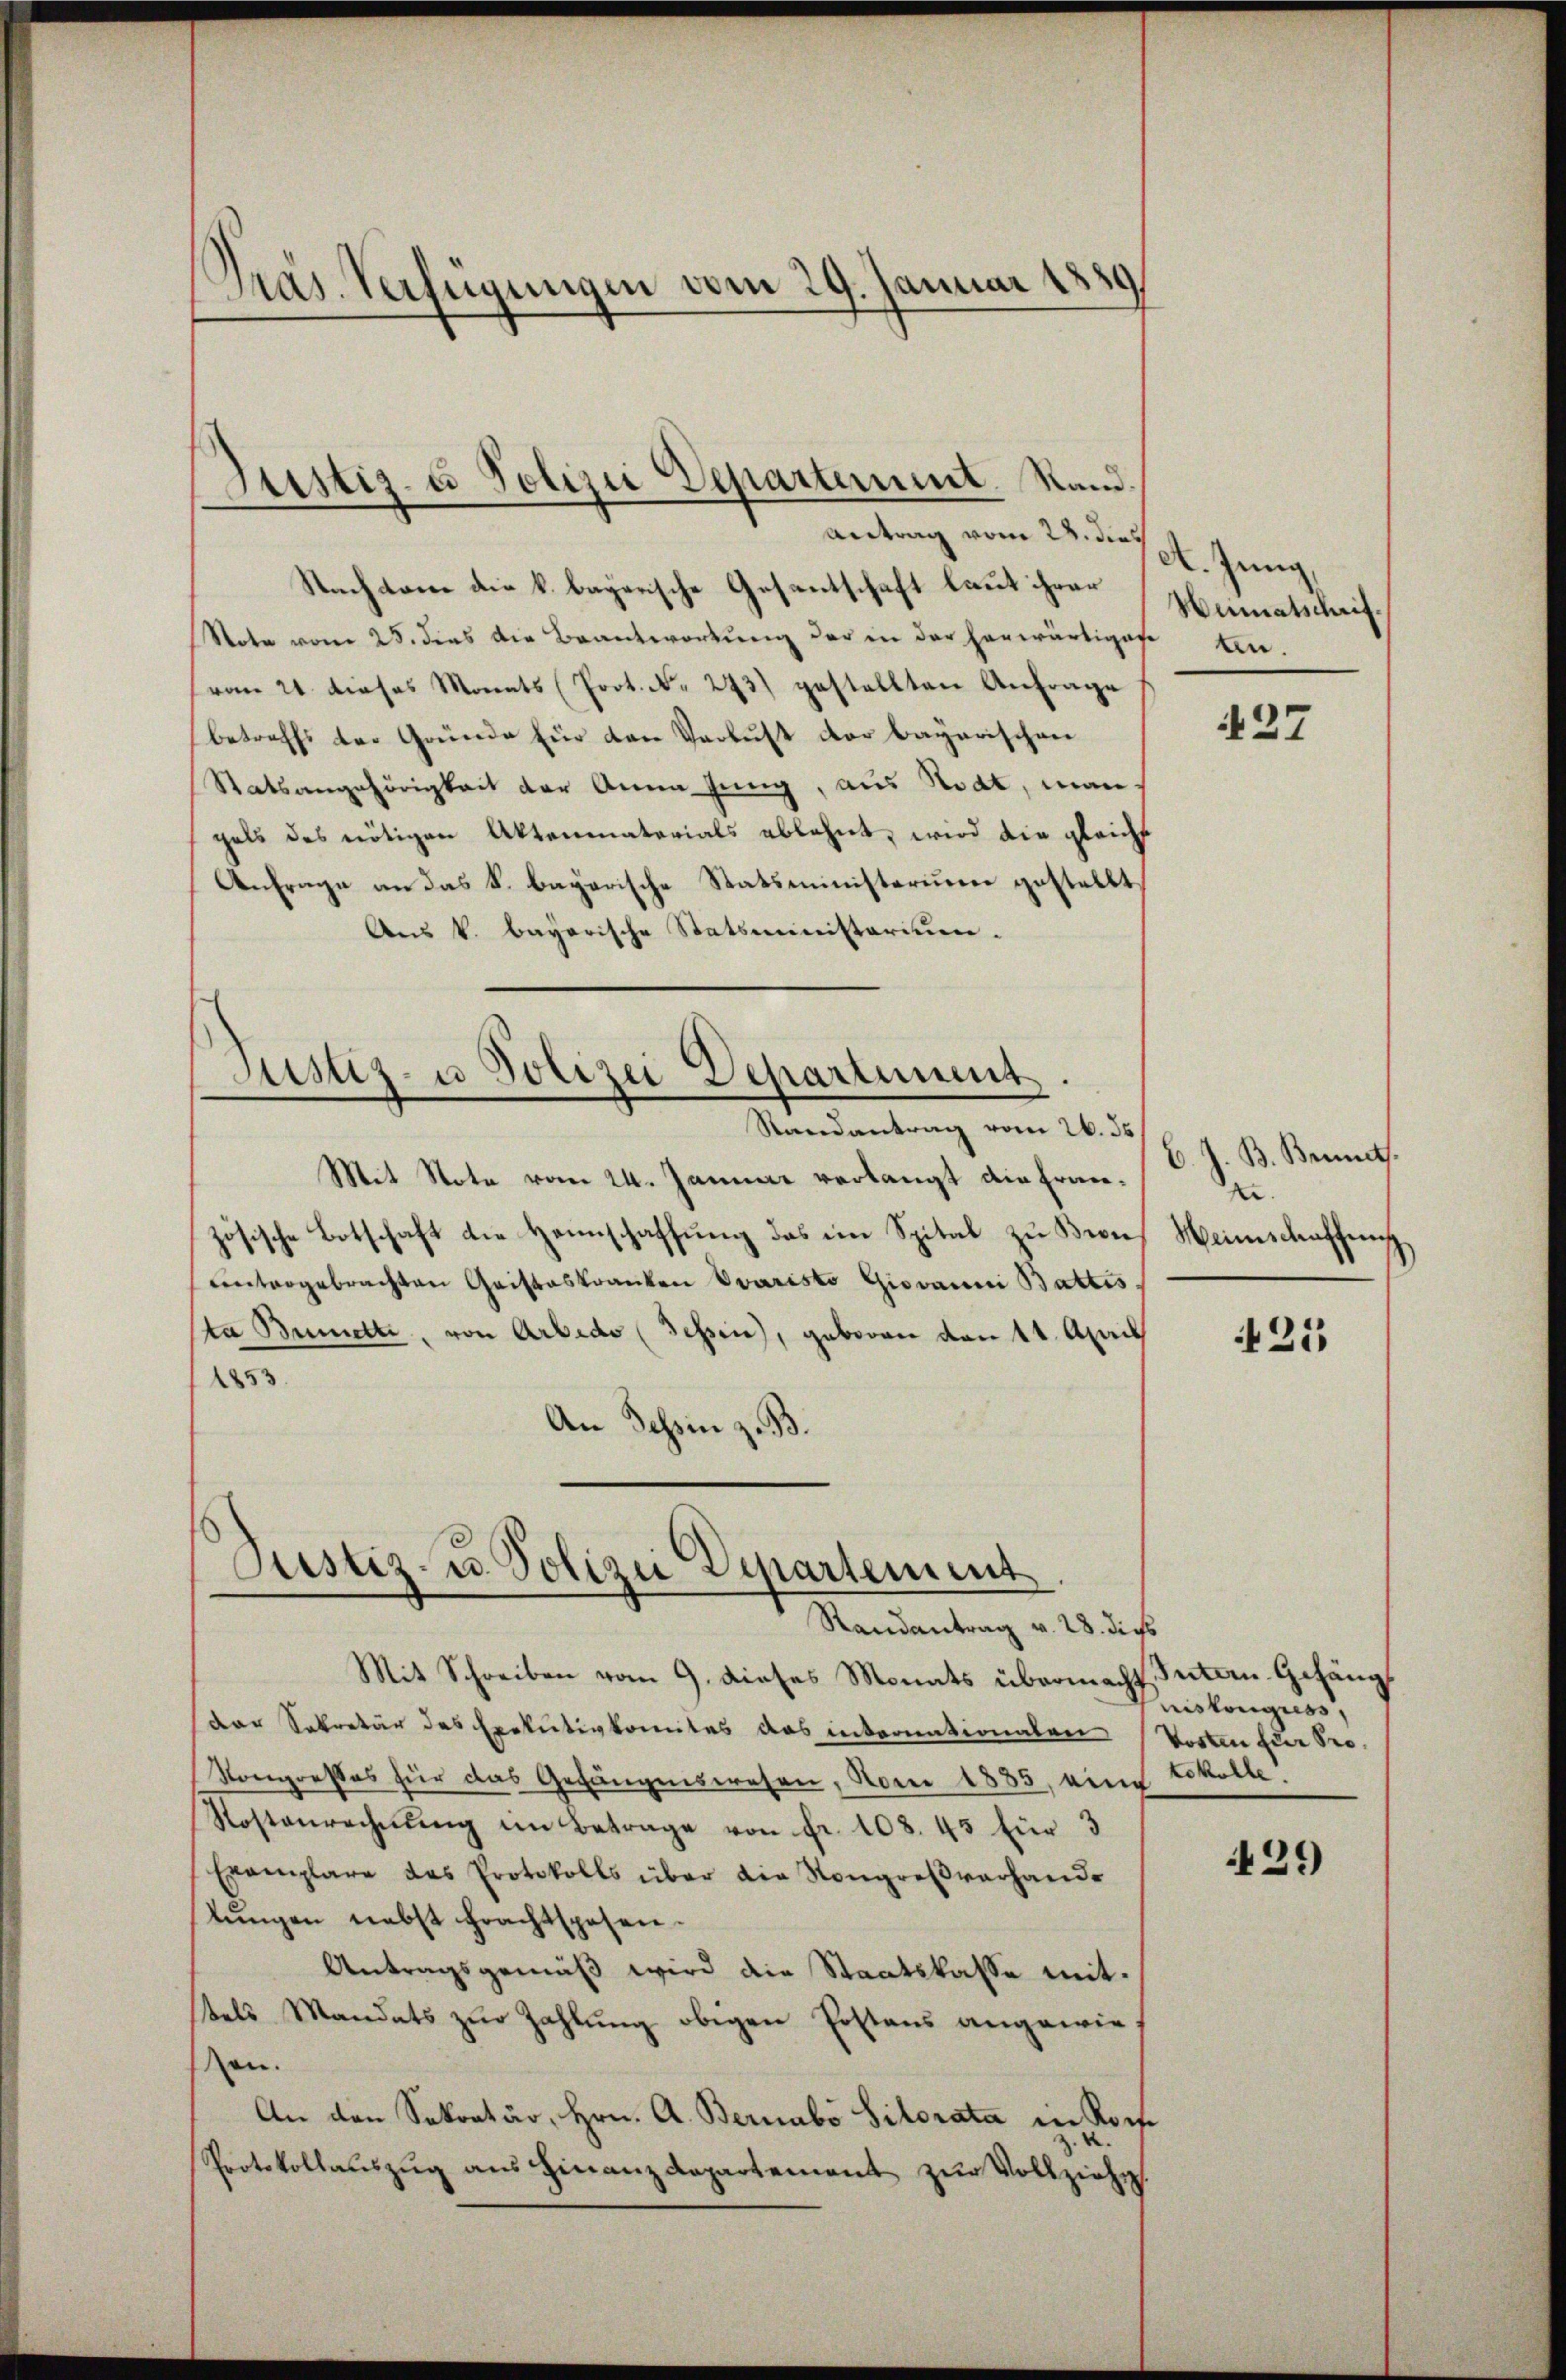
Pras Verfügungen vom 29. Januar 1889

Nachtem die k. bayerische Gesantschaft laut ihrer
Note vom 25. dies die Beantwortung der in der herwärtiger Ein-
(vom 21. dieses Monats (Prot. N. 273) gestellten Anfrage
betreffs der Gründe für den Verlust der bayerischen
Satsangehörigkeit der Anna Jung, aus Rodt, man
gals des nötigen Aktenmaterials ablehnt, wird die gleichs
Anfrage an das k. bayerische Statsministerium gestellt,
Aus k. bayerische Statsministerium.

Justiz- u Polizei Departement. Stand.
Antrag vom 28. dies

Justiz- u Polizei Departement.
Randantrag vom 26. ds

Mit Note vom 24. Januar verlangt die Französische Botschaft die Heimschaffung das im Spital zu Bronuntergebrachten Cristeskranken Evaristo Giovanni Battis
ta Bündte, von Arbedo (Tessin, geboren denkt. April
1253
An Schin z. B.

Justiz- u. Polizei Departement
Randantrag v. 28. dies

Mit Schreiben vom 9. dieses Monats übermacht, Intern Gefäng
der Sekretär des Exekutivkomites das internationalen Worten zur Pro¬
Kongresses für das Gefängenswesen, Non 1885, eine Lokolle!
Kostenrechnung im Betrage von Fr. 108. 45 für 3
Exemplare das Protokolls über die Kongreßverhande
lŭngen nebst frachtspesen.
Antragsgemäß wird die Staatskasse mit.
tels Mandats zur Zahlung obigen Erstens angewieen.
An den Sekretär, Hrn. A. Bernabo Silorata in Roch
Protokollaŭszŭg aŭs Finanzdepartement zŭr Vollziehe.

A. Zung
Heimatschrif¬

37

C. J. B. Brinets.
.
Weinschaffung

425

niskonguess,

429